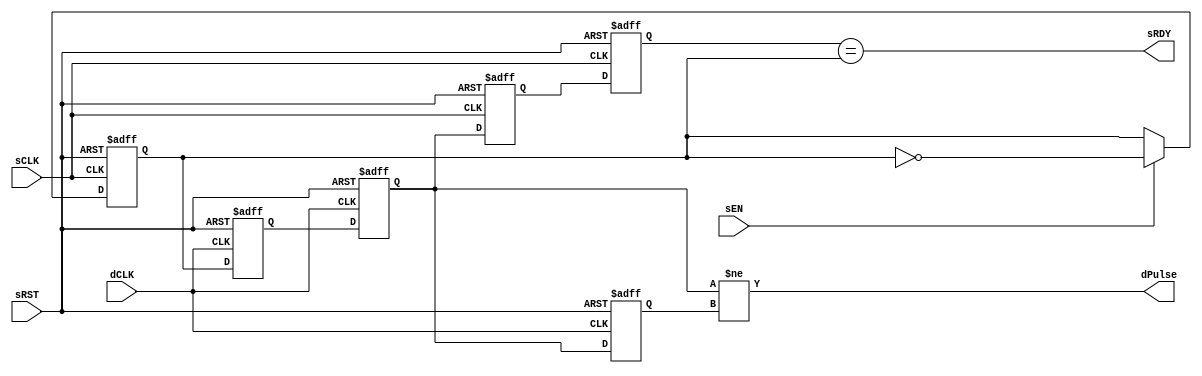

`ifdef BSV_ASSIGNMENT_DELAY
`else
  `define BSV_ASSIGNMENT_DELAY
`endif

`ifdef BSV_POSITIVE_RESET
  `define BSV_RESET_VALUE 1'b1
  `define BSV_RESET_EDGE posedge
`else
  `define BSV_RESET_VALUE 1'b0
  `define BSV_RESET_EDGE negedge
`endif


//
// Transfer takes 2 dCLK to see data,
// sRDY recovers takes 2 dCLK + 2 sCLK
module SyncHandshake(
                     sCLK,
                     sRST,
                     dCLK,
                     sEN,
                     sRDY,
                     dPulse
                     );
   parameter init = 1'b0;
   parameter delayreturn = 1'b0;

   // Source clock port signal
   input     sCLK ;
   input     sRST ;
   input     sEN ;
   output    sRDY ;

   // Destination clock port signal
   input     dCLK ;
   output    dPulse ;

   // Flops to hold data
   reg       dSyncReg1, dSyncReg2 ;
   reg       dLastState ;
   reg       sToggleReg ;
   reg       sSyncReg1, sSyncReg2 ;

   // Output signal
   assign    dPulse = dSyncReg2 != dLastState ;
   assign    sRDY = sSyncReg2 == sToggleReg;
   wire      ackValue = delayreturn ? dLastState : dSyncReg2 ;

   always @(posedge sCLK or `BSV_RESET_EDGE sRST)
     begin
        if (sRST == `BSV_RESET_VALUE)
           begin
              sSyncReg1  <= `BSV_ASSIGNMENT_DELAY ! init ; // Reset hi so sRDY is low during reset
              sSyncReg2  <= `BSV_ASSIGNMENT_DELAY ! init ;
              sToggleReg <= `BSV_ASSIGNMENT_DELAY init ;
           end
        else
           begin

              // hadshake return synchronizer
              sSyncReg1 <= `BSV_ASSIGNMENT_DELAY ackValue ;// clock domain crossing
              sSyncReg2 <= `BSV_ASSIGNMENT_DELAY sSyncReg1 ;

              // Pulse send
              if ( sEN )
                begin
                   sToggleReg <= `BSV_ASSIGNMENT_DELAY ! sToggleReg ;
                end // if ( sEN )

           end
     end // always @ (posedge sCLK or `BSV_RESET_EDGE sRST)

   always @(posedge dCLK or `BSV_RESET_EDGE sRST)
     begin
        if (sRST == `BSV_RESET_VALUE)
          begin
             dSyncReg1  <= `BSV_ASSIGNMENT_DELAY init;
             dSyncReg2  <= `BSV_ASSIGNMENT_DELAY init;
             dLastState <= `BSV_ASSIGNMENT_DELAY init ;
          end
        else
           begin
              dSyncReg1 <= `BSV_ASSIGNMENT_DELAY sToggleReg ;// domain crossing
              dSyncReg2 <= `BSV_ASSIGNMENT_DELAY dSyncReg1 ;
              dLastState <= `BSV_ASSIGNMENT_DELAY dSyncReg2 ;
           end
     end // always @ (posedge dCLK or `BSV_RESET_EDGE sRST)

`ifdef BSV_NO_INITIAL_BLOCKS
`else // not BSV_NO_INITIAL_BLOCKS
   // synopsys translate_off
   initial
      begin
         dSyncReg1 = init ;
         dSyncReg2 = init ;
         dLastState = init ;

         sToggleReg = init ;
         sSyncReg1 = ! init ;
         sSyncReg2 = ! init ;

      end // initial begin
   // synopsys translate_on
`endif // BSV_NO_INITIAL_BLOCKS

endmodule // HandshakeSync